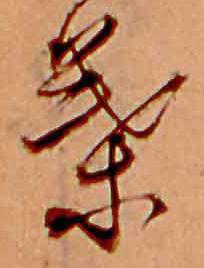
葉